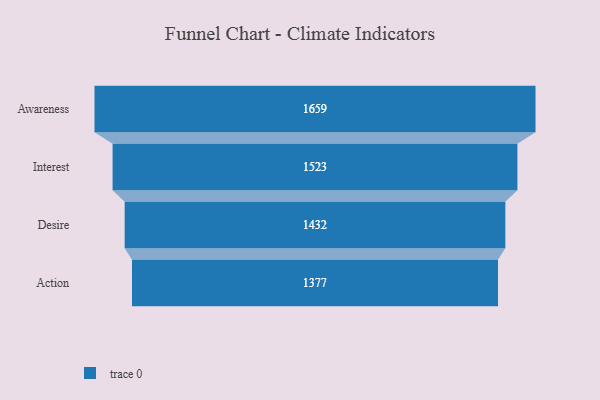
{"axis": {"x": "Stage", "y": "Value"}, "legend": [""], "data": [{"x": "Awareness", "y": 1659.0, "type": ""}, {"x": "Interest", "y": 1523.0, "type": ""}, {"x": "Desire", "y": 1432.0, "type": ""}, {"x": "Action", "y": 1377.0, "type": ""}]}